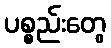
ပစ္စည်းတွေ